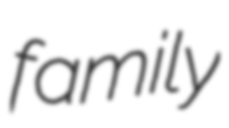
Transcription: family